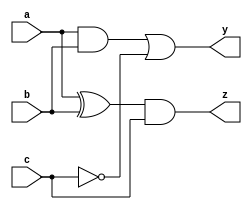
module combinational_circuit (
    input wire a,
    input wire b,
    input wire c,
    output reg y,
    output reg z
);

    // Task definition
    task calculate_outputs;
        input wire a;
        input wire b;
        input wire c;
        output reg y;
        output reg z;

        begin
            // Combinational logic implementation using blocking assignments
            y = (a & b) | (~c); // Example logic for output y
            z = (a ^ b) & c;    // Example logic for output z
        end
    endtask

    // Always block triggered by any change in input signals
    always @ (a or b or c) begin
        // Call the task to calculate outputs
        calculate_outputs(a, b, c, y, z);
    end

endmodule